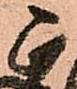
正